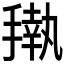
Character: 𰔟